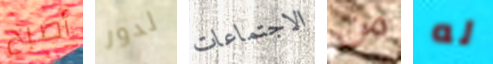
أصبح لدور الاجتماعات من له